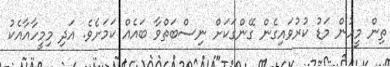
ތިން މީހުން މަޑު ކުރުވައިގެން ގޭންގަކަށް ނިސްބަތްވާ ބައެއް ކަމަށެވެ. އަދި މިމީހާއާއެކު